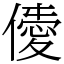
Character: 𠎹